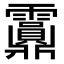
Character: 𩇂